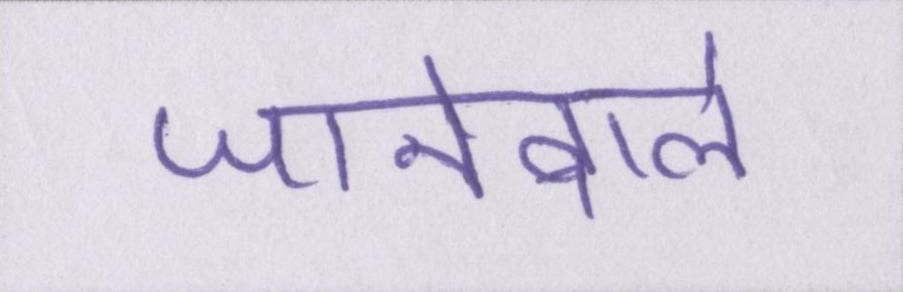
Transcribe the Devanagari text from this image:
जानेवाले